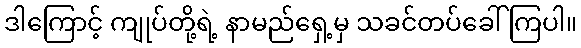
ဒါကြောင့် ကျုပ်တို့ရဲ့ နာမည်ရှေ့မှ သခင်တပ်ခေါ်ကြပါ။